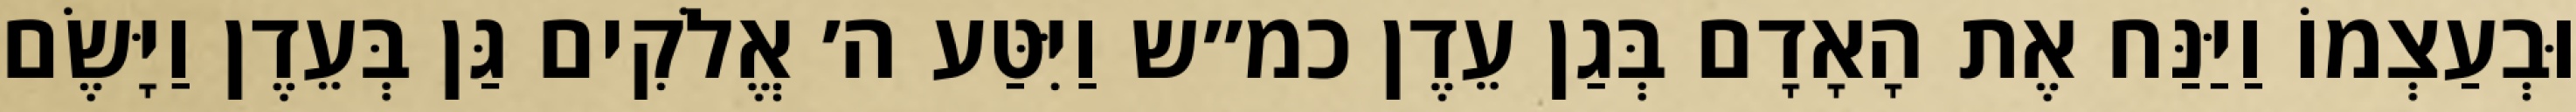
וּבְעַצְמוֹ וַיַּנַּח אֶת הָאָדָם בְּגַן עֵדֶן כמ״ש וַיִּטַּע ה׳ אֱלֹקִים גַּן בְּעֵדֶן וַיָּשֶׂם